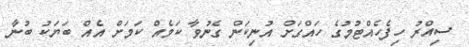
ސިއްރު ހިފެހެއްޓުމުގެ ހައްގަށް އުނިކަން ގެނުވާ ކަމެއް ކަމަށް އެއް ބަޔަކު ބުނާ